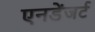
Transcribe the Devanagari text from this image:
एनडेंजर्ट